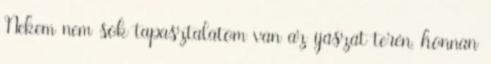
Nekem nem sok tapasztalatom van az íjászat terén, honnan